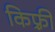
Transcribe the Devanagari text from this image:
किफ़्री